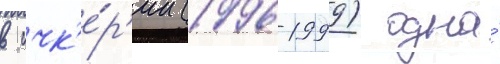
в ичк'е́р'ии (1996-1999) одна́